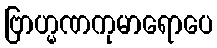
ဗြာဟ္မဏကုမာရောပေ